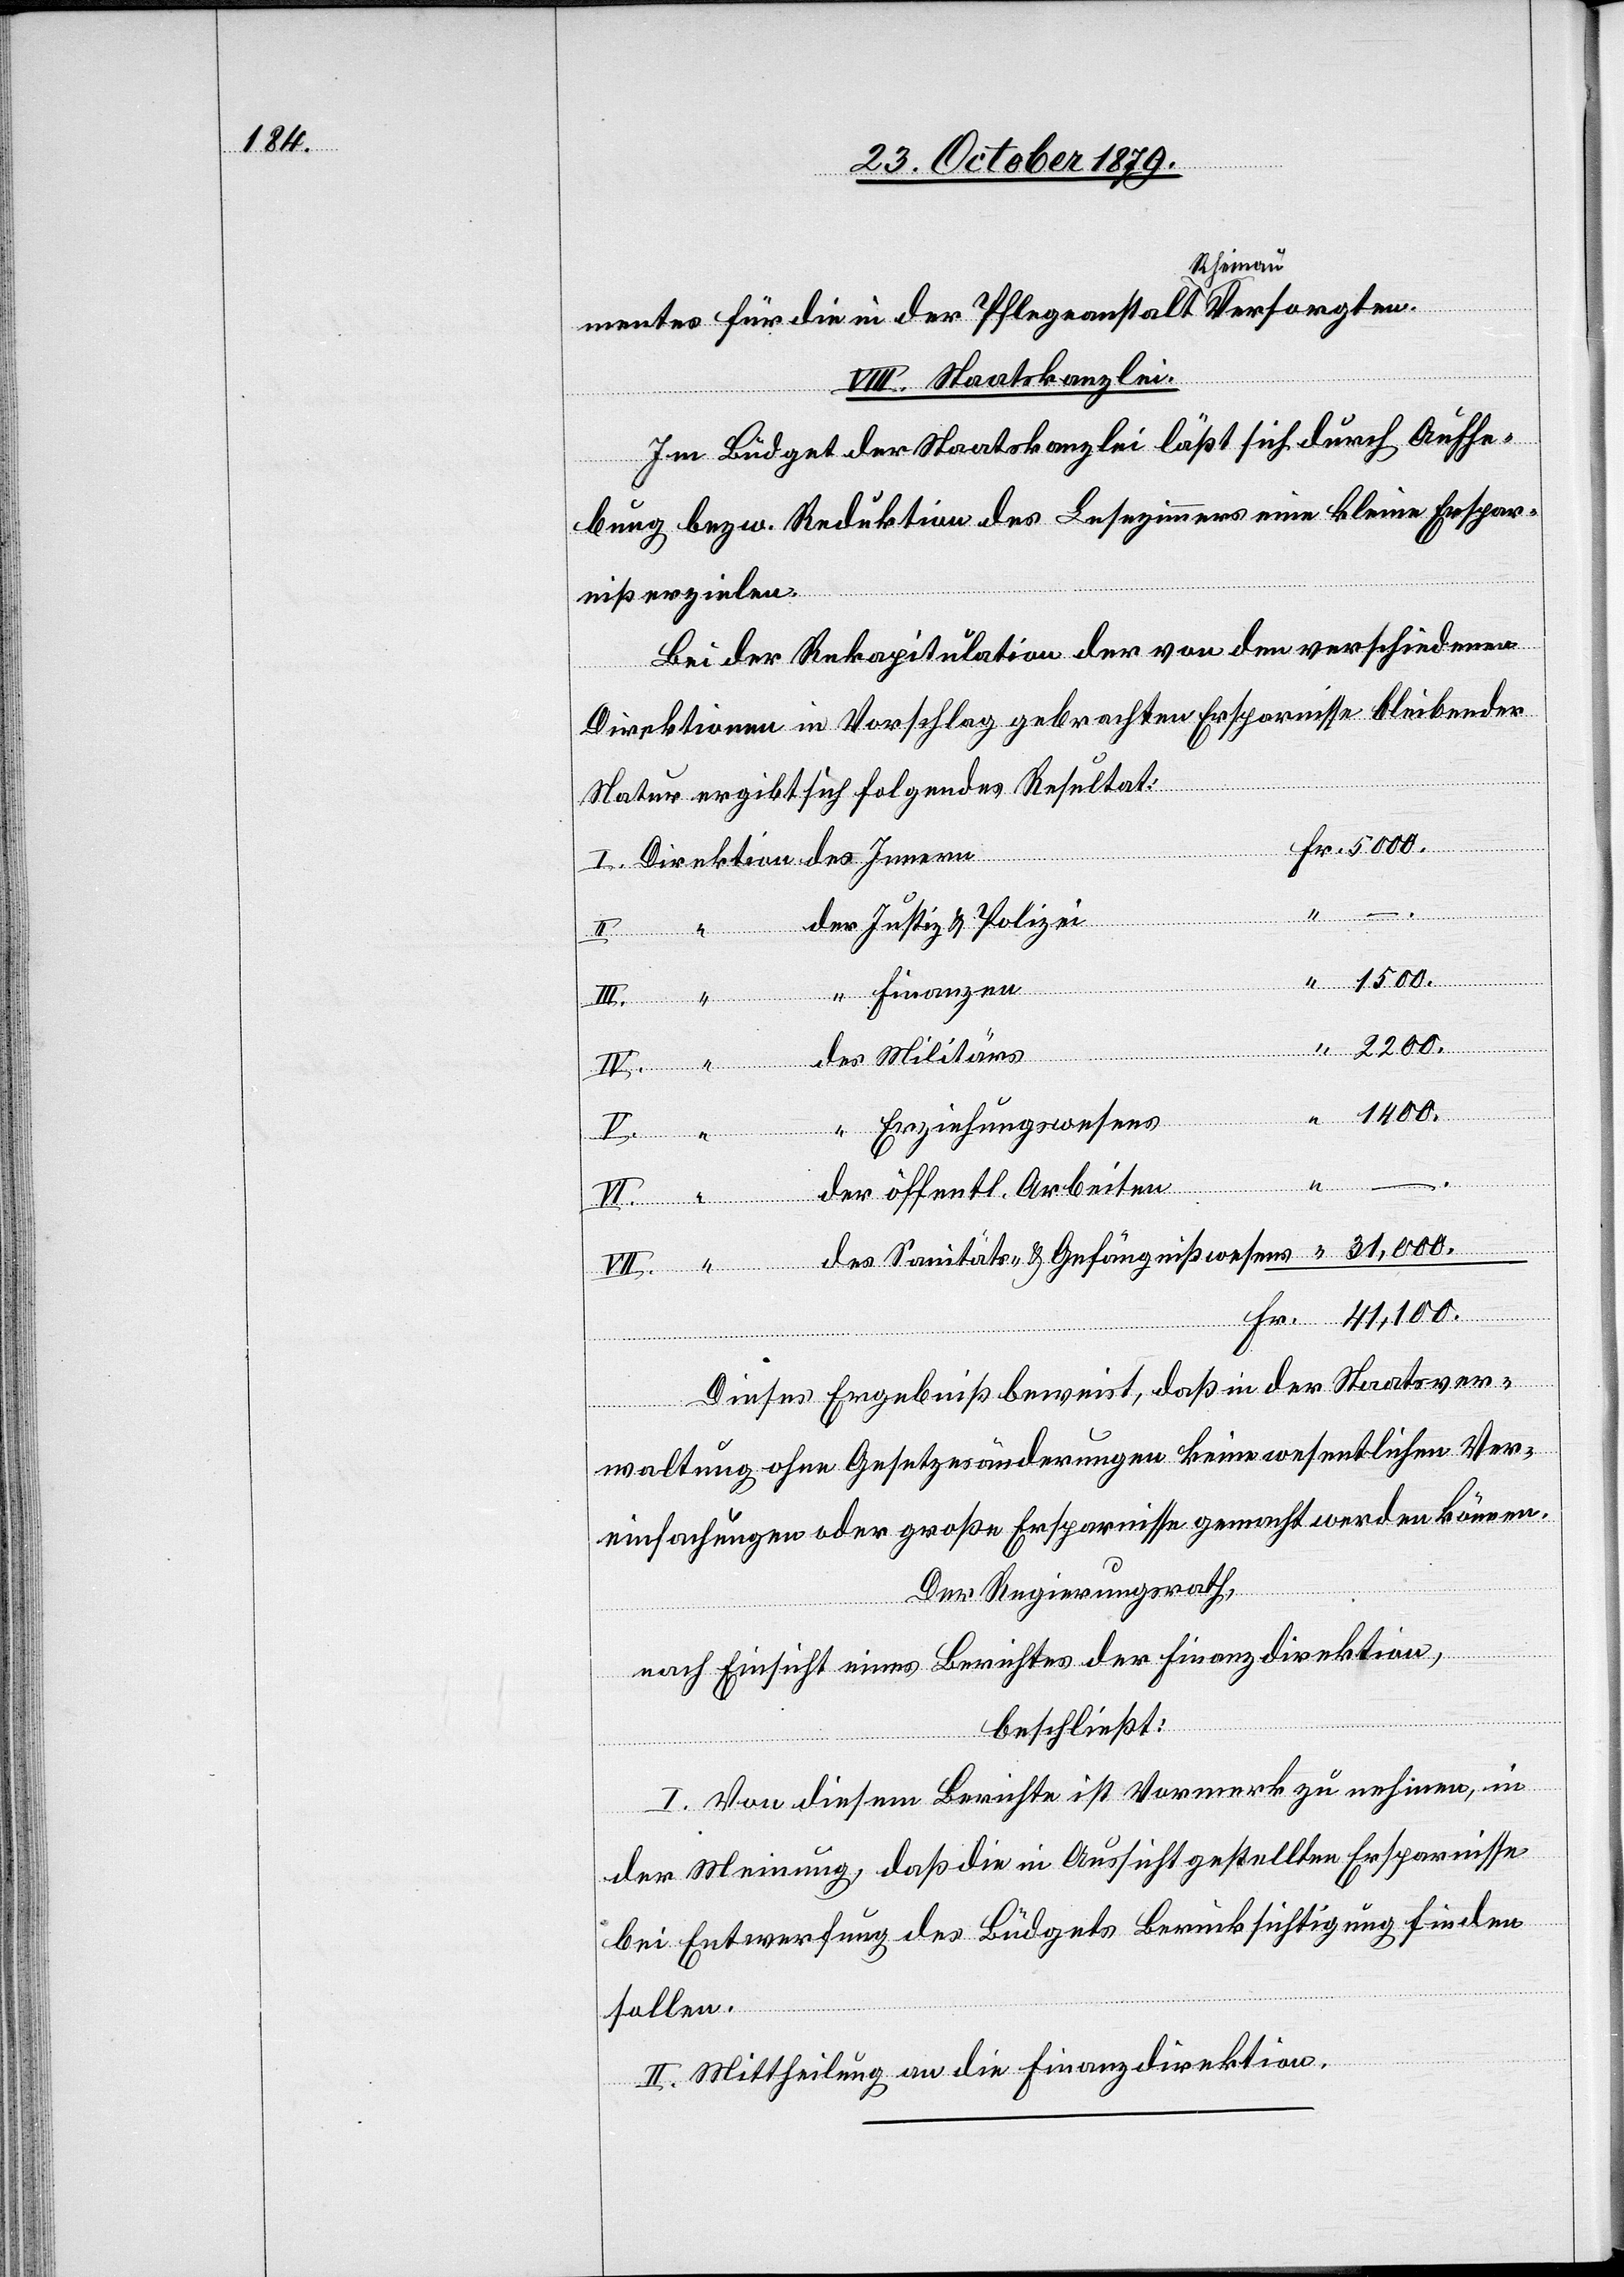
Rheinau
VIII. Staatskanzlei.
Im Büdget der Staatskanzlei läßt sich durch Aufhe¬
bung bezw. Reduktion des Lesezimmers eine kleine Erspar¬
niß erzielen.
Bei der Rekapitulation der von den verschiedenen
[Direktion]
Direktionen in Vorschlag gebrachten Ersparnisse bleibender
Natur ergibt sich folgendes Resultat:
der Justiz & Polizei
“ Finanzen
ßwesens
41,100.
Fr.
“
“ Erziehungswesens
des Innern
des
der öffentl. Arbeiten
Dieses Ergebniß beweist, daß in der Staatsver¬
waltung ohne Gesetzesänderungen keine wesentlichen Ver¬
einfachungen oder große Ersparnisse gemacht werden können.
Der Regierungsrath,
nach Einsicht eines Berichtes der Finanzdirektion,
beschließt:
I. Von diesem Berichte ist Vormerk zu nehmen, in
der Meinung, daß die in Aussicht gestellten Ersparnisse
bei Entwerfung des Büdgets Berücksichtigung finden
sollen.
II. Mittheilung an die Finanzdirektion.